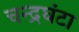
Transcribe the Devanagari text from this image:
चन्द्रघंटा